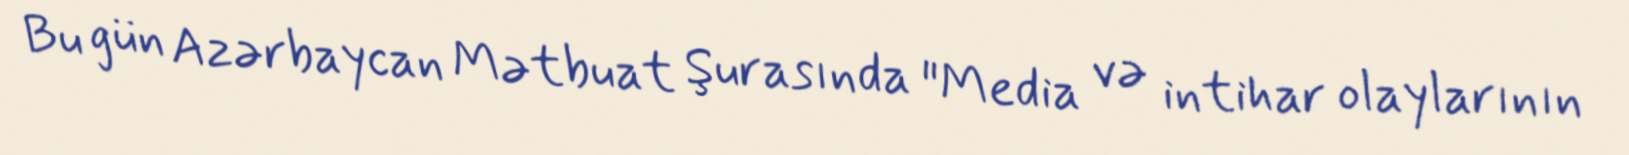
Bu gün Azərbaycan Mətbuat Şurasında "Media və intihar olaylarının